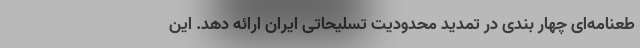
طعنامه‌ای چهار بندی در تمدید محدودیت تسلیحاتی ایران ارائه دهد. این